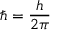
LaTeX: \hbar = { \frac { h } { 2 \pi } }